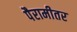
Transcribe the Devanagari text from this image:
पैरामीतर